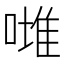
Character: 𠼲